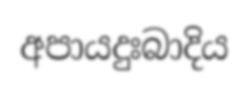
අපායදුඃබාදිය